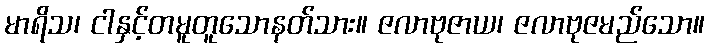
မာရိသ၊ ငါနှင့်တမူတူသောနတ်သား။ ဇလာဗုဇာယ၊ ဇလာဗုဇမည်သော။